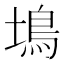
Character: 䲧